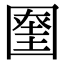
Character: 𡈞